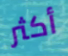
أكثر